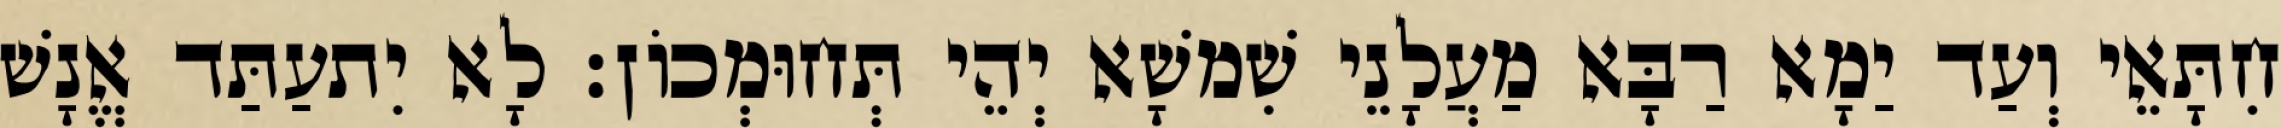
חִתָּאֵי וְעַד יַמָא רַבָּא מַעֲלָנֵי שִׁמשָׁא יְהֵי תְּחוּמְכוֹן׃ לָא יִתעַתַּד אֱנָשׁ